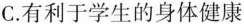
C.有利于学生的身体健康